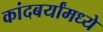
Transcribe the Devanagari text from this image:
कांदबर्यांमध्ये